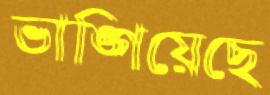
ভাঙ্গিয়েছে